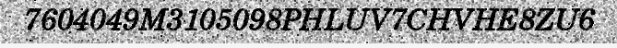
7604049M3105098PHLUV7CHVHE8ZU6